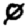
Digit: 0